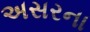
અસરના